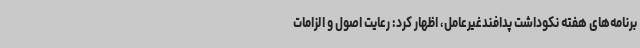
برنامه‌های هفته نکوداشت پدافندغیرعامل، اظهار کرد: رعایت اصول و الزامات